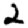
Digit: 2